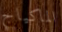
الماكياج